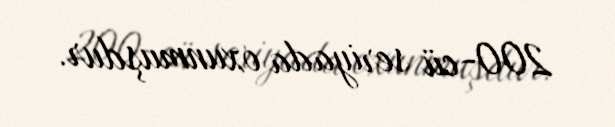
200-cü seriyada oxunmuşdur.